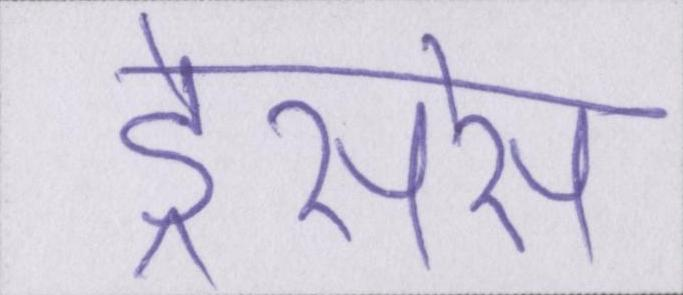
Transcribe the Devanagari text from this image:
ड्रेसेस